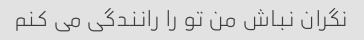
نگران نباش من تو را رانندگی می کنم